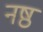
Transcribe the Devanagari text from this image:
नष्ठ